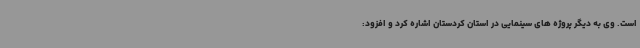
است. وی به دیگر پروژه های سینمایی در استان کردستان اشاره کرد و افزود: